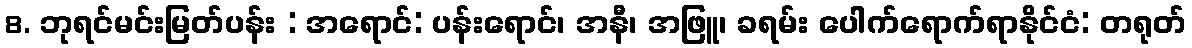
8. ဘုရင်မင်းမြတ်ပန်း : အရောင်: ပန်းရောင်၊ အနီ၊ အဖြူ၊ ခရမ်း ပေါက်ရောက်ရာနိုင်ငံ: တရုတ်